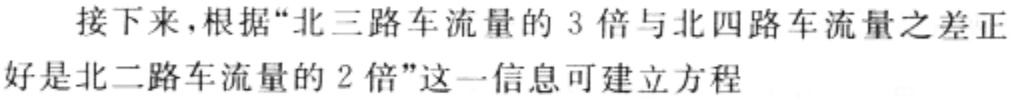
接下来，根据“北三路车流量的 3 倍与北四路车流量之差正好是北二路车流量的 2 倍”这一信息可建立方程